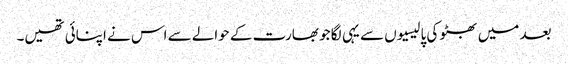
بعد میں بھٹو کی پالیسیوں سے یہی لگا جو بھارت کے حوالے سے اس نے اپنائی تھیں۔